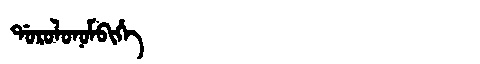
Manchu: ᡩᠣᡵᠣᠯᠣᠨᠣᠮᠪᡳᡥᡝ
Romanization: DOROLONOMBIHE